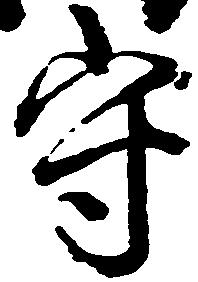
守